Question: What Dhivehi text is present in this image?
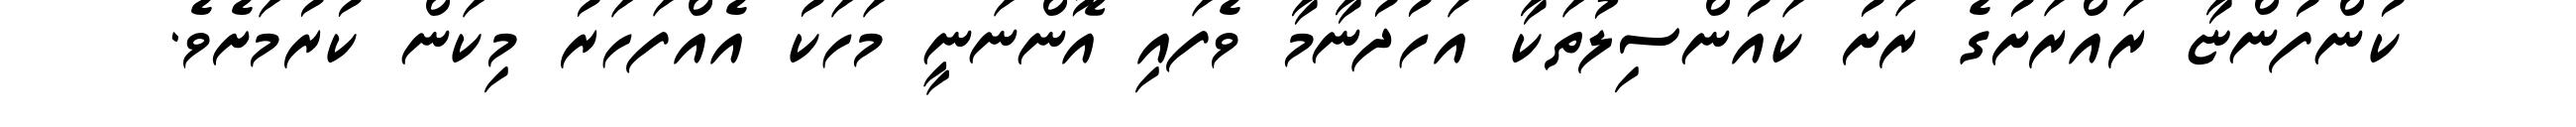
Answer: ކުންފުންޏާ ރައްރަށުގެ ރަށު ކައުންސިލުތަކާ އަހުދުނާމާ ވެފައި އޮންނަނީ މަހަކު އެއްފަހަރު މިކަން ކުރުމަށެވެ.